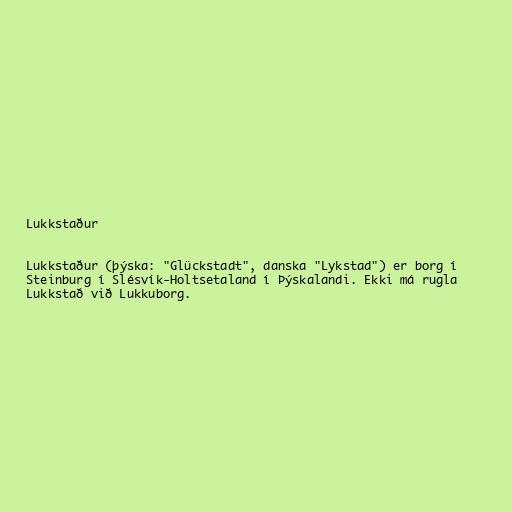
Lukkstaður

Lukkstaður (þýska: "Glückstadt", danska "Lykstad") er borg í
Steinburg í Slésvík-Holtsetaland í Þýskalandi. Ekki má rugla
Lukkstað við Lukkuborg.